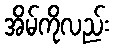
အိမ်ကိုလည်း